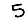
Digit: 5